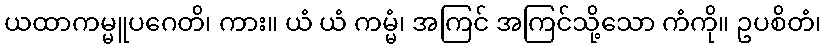
ယထာကမ္မူပဂေတိ၊ ကား။ ယံ ယံ ကမ္မံ၊ အကြင် အကြင်သို့သော ကံကို။ ဥပစိတံ၊